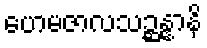
ဟေမဇာလသဉ္ဆန္နာနိ